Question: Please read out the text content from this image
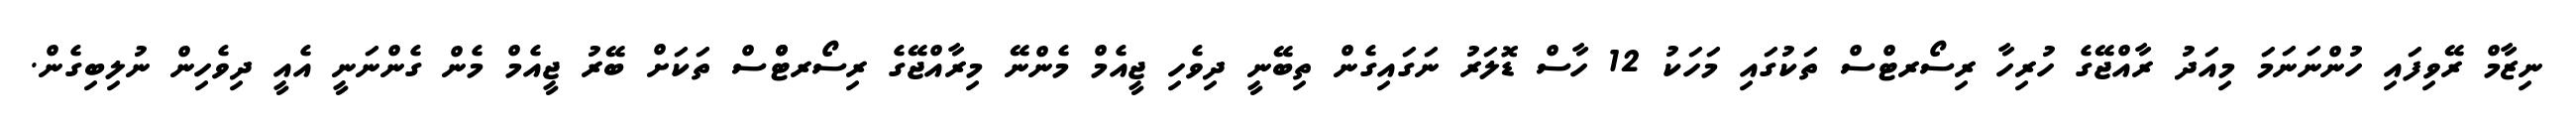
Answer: ނިޒާމް ރޭވިފައި ހުންނަނަމަ މިއަދު ރާއްޖޭގެ ހުރިހާ ރިސޯރޓްސް ތަކުގައި މަހަކު 12 ހާސް ޑޮލަރު ނަގައިގެން ތިބޭނީ ދިވެހި ޖީއެމް މެންނޭ މިރާއްޖޭގެ ރިސޯރޓްްސް ތަކަށް ބޭރު ޖީއެމް މެން ގެންނަނީ އެއީ ދިވެހިން ނުލިބިގެން.